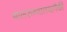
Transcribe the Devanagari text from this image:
बालरुग्णालयांपैकी